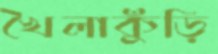
খৈলাকুঁড়ি